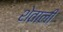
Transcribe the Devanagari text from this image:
शेताली